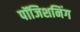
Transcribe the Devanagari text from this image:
पॉजिशनिंग